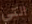
التي